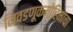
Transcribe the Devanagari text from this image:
निवडणूकमोहिमांचा